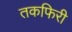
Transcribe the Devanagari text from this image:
तकफिरी